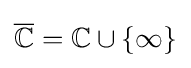
{\overline {\mathbb {C} }}=\mathbb {C} \cup \{\infty \}